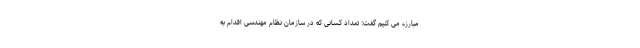
مبارزه می کنیم گفت: تعداد کسانی که در سازمان نظام مهندسی اقدام به